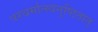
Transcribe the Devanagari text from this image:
परधर्मात्स्वनुष्ठितात्